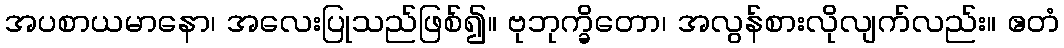
အပစာယမာနော၊ အလေးပြုသည်ဖြစ်၍။ ဗုဘုက္ခိတော၊ အလွန်စားလိုလျက်လည်း။ ဧတံ